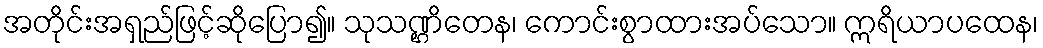
အတိုင်းအရှည်ဖြင့်ဆိုပြော၍။ သုသဏ္ဌိတေန၊ ကောင်းစွာထားအပ်သော။ ဣရိယာပထေန၊